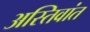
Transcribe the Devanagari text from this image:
अस्तिवांत